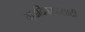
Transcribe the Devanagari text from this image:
वाढदिवसासाठी